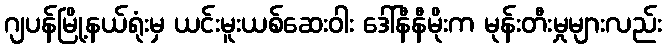
ဂျပန်မြို့နယ်ရုံးမှ ယင်းမူးယစ်ဆေးဝါး ဒေါ်နီနီမိုးက မုန်းတီးမှုများလည်း